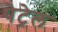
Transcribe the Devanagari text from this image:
पेट्रेल